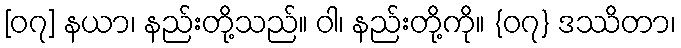
[၀၇] နယာ၊ နည်းတို့သည်။ ဝါ၊ နည်းတို့ကို။ {၀၇} ဒဿိတာ၊